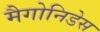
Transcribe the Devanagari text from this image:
मैगोनिडेस